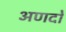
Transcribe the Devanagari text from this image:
अणदो